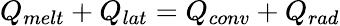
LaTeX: Q_{melt}+Q_{lat}=Q_{conv}+Q_{rad}